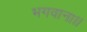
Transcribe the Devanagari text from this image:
भगवाना।।